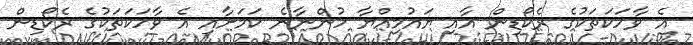
އެ ވާހަކަތަކުގެ ރެކޯޑިން އާއި ޔައުމިއްޔާ ހުންނާނެ ކަމަށާއި އެ ވާހަކަތަކުގެ ރެކޯޑިން